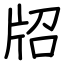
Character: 牊